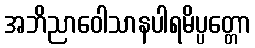
အဘိညာဝေါသာနပါရမိပ္ပတ္တော